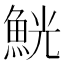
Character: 𩶸